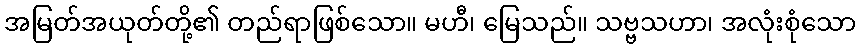
အမြတ်အယုတ်တို့၏ တည်ရာဖြစ်သော။ မဟီ၊ မြေသည်။ သဗ္ဗသဟာ၊ အလုံးစုံသော